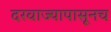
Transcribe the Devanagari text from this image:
दरवाज्यापासूनच